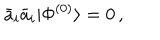
\bar { a } _ { i } \bar { a } _ { i } | \Phi ^ { ( 0 ) } \rangle = 0 \, ,